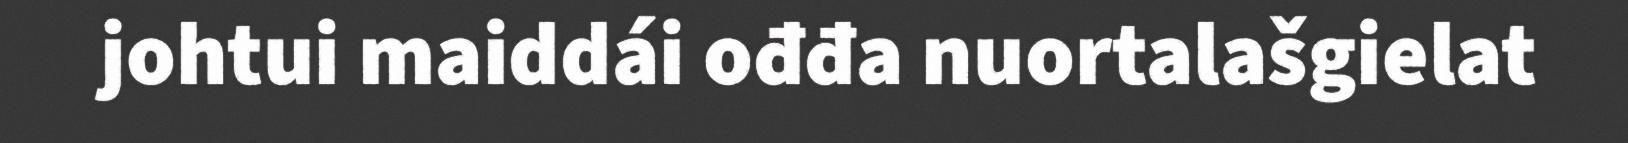
johtui maiddái ođđa nuortalašgielat